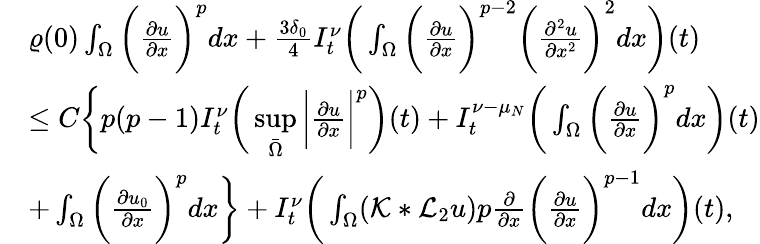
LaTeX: \begin{array}{rl}&{\varrho(0)\int_{\Omega}\bigg(\frac{\partial u}{\partial x}\bigg)^{p}dx+\frac{3\delta_{0}}{4}I_{t}^{\nu}\bigg(\int_{\Omega}\bigg(\frac{\partial u}{\partial x}\bigg)^{p-2}\bigg(\frac{\partial^{2}u}{\partial x^{2}}\bigg)^{2}dx\bigg)(t)}\\ &{\leq C\bigg\{ p(p-1)I_{t}^{\nu}\bigg(\underset{\bar{\Omega}}{\operatorname*{sup}}\bigg|\frac{\partial u}{\partial x}\bigg|^{p}\bigg)(t)+I_{t}^{\nu-\mu_{N}}\bigg(\int_{\Omega}\bigg(\frac{\partial u}{\partial x}\bigg)^{p}dx\bigg)(t)}\\ &{+\int_{\Omega}\bigg(\frac{\partial u_{0}}{\partial x}\bigg)^{p}dx\bigg\} +I_{t}^{\nu}\bigg(\int_{\Omega}(\mathcal{K}*\mathcal{L}_{2}u)p\frac{\partial}{\partial x}\bigg(\frac{\partial u}{\partial x}\bigg)^{p-1}dx\bigg)(t),}\end{array}